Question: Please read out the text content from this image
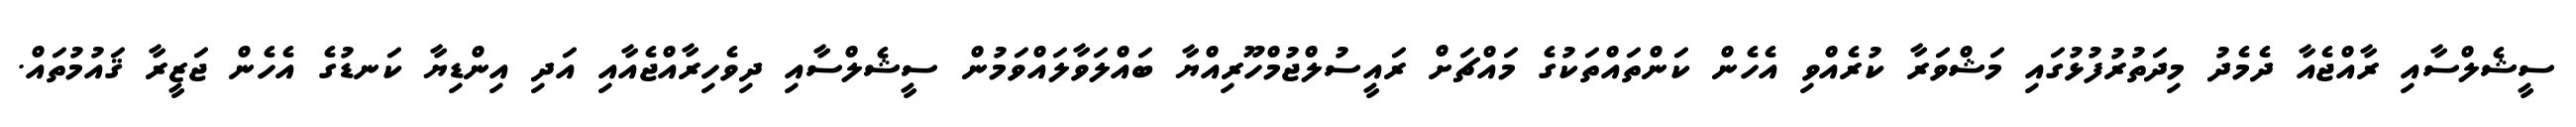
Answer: ސީޝެލްސާއި ރާއްޖެއާ ދެމެދު މިދަތުރުފުޅުގައި މަޝްވަރާ ކުރެއްވި އެހެން ކަންތައްތަކުގެ މައްޗަށް ރައީސުލްޖުމްހޫރިއްޔާ ބައްލަވާލައްވަމުން ސީޝެލްސާއި ދިވެހިރާއްޖެއާއި އަދި އިންޑިޔާ ކަނޑުގެ އެހެން ޖަޒީރާ ޤައުމުތައް.